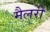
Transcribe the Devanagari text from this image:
मैलरी